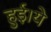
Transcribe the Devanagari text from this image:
हुई।ये